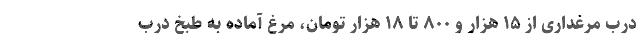
درب مرغداری از ۱۵ هزار و ۸۰۰ تا ۱۸ هزار تومان، مرغ آماده به طبخ درب